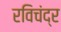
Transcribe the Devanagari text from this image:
रविचंद्र